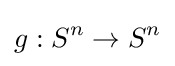
g:S^{n}\rightarrow S^{n}